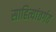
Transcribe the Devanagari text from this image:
साहित्यांतर्गत